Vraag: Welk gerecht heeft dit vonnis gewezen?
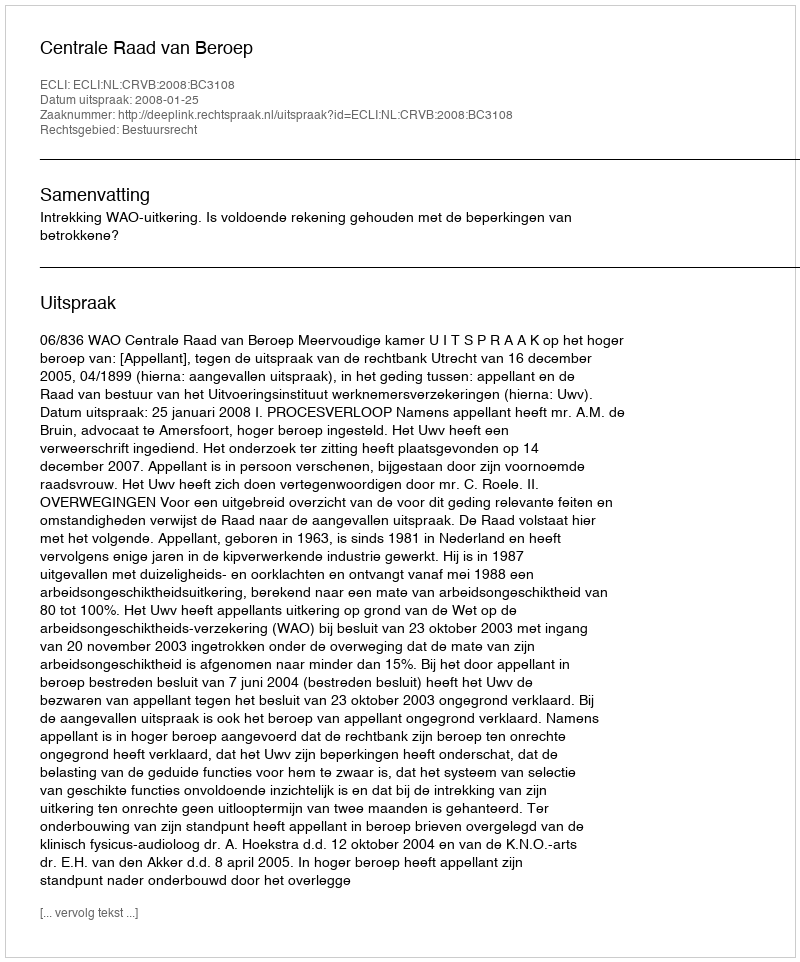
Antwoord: Centrale Raad van Beroep